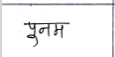
मजकूर: पूनम